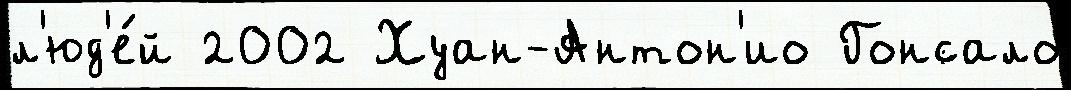
л'юд'е́й 2002 Хуан-Антон'ио Гонсало